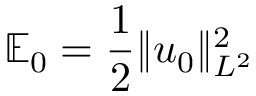
\mathbb { E } _ { 0 } = \frac { 1 } { 2 } \| u _ { 0 } \| _ { L ^ { 2 } } ^ { 2 }